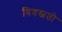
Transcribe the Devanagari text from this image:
विवस्वतो